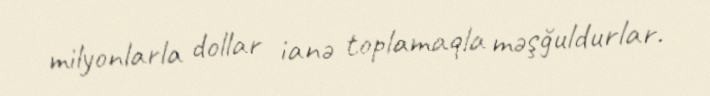
milyonlarla dollar ianə toplamaqla məşğuldurlar.